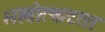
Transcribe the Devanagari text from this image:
भावोत्कटता